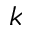
k